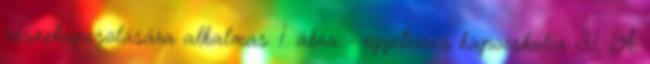
összekapcsolására alkalmas. 1. ábra - egyetemes kapocskulcs 3.1. A